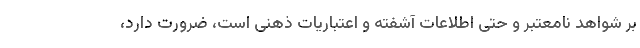
بر شواهد نامعتبر و حتی اطلاعات آشفته و اعتباریات ذهنی است، ضرورت دارد،